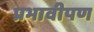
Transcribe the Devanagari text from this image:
प्रभावीपण